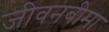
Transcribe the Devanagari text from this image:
जीवनबीमा